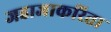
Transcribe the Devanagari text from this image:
जहाजाकरिता